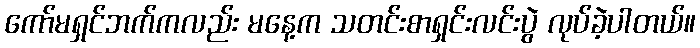
ကော်မရှင်ဘက်ကလည်း မနေ့က သတင်းစာရှင်းလင်းပွဲ လုပ်ခဲ့ပါတယ်။